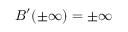
B ^ { \prime } ( \pm \infty ) = \pm \infty